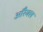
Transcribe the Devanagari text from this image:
ऑरैक्ल